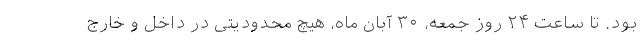
بود. تا ساعت ۲۴ روز جمعه، ۳۰ آبان ماه، هیچ محدودیتی در داخل و خارج